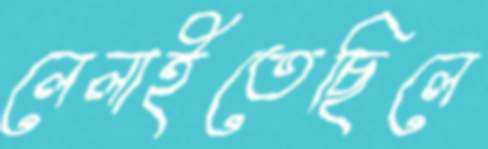
লেলাইতেছিলে